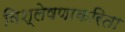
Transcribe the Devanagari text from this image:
विश्लेषणाकरिता